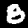
Digit: 8